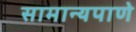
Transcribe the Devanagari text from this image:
सामान्यपाणे